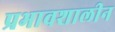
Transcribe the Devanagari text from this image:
प्रभावशालीन